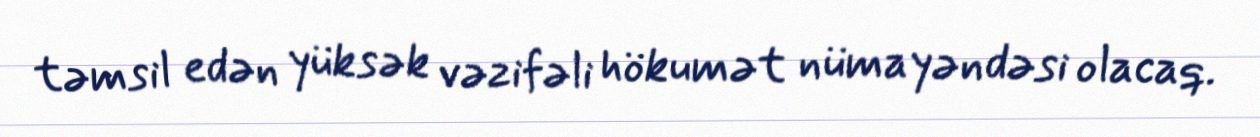
təmsil edən yüksək vəzifəli hökumət nümayəndəsi olacaq.